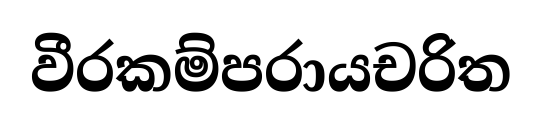
වීරකම්පරායචරිත